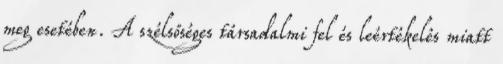
meg esetében. A szélsőséges társadalmi fel és leértékelés miatt